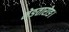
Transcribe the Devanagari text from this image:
मेङतारोङ।